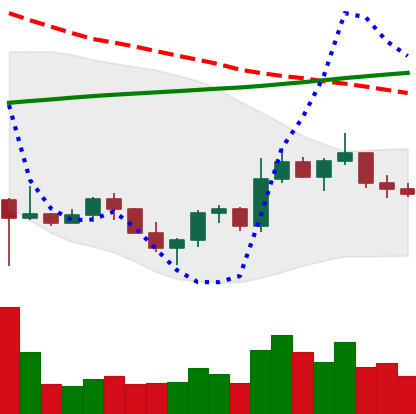
Ticker: ETC-USD
Chart end date: 2022-11-01
Forward return: 3.335%
Label: up_3_5